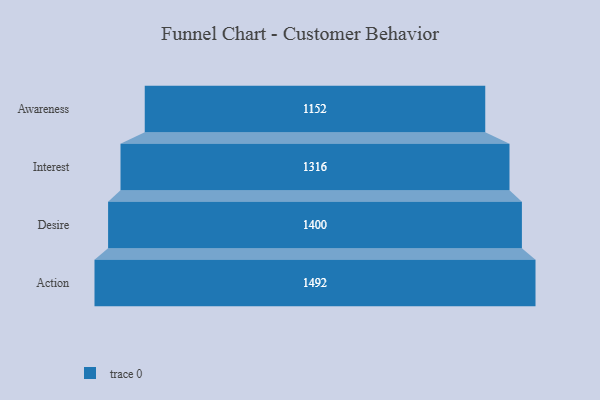
{"axis": {"x": "Stage", "y": "Value"}, "legend": [""], "data": [{"x": "Awareness", "y": 1152.0, "type": ""}, {"x": "Interest", "y": 1316.0, "type": ""}, {"x": "Desire", "y": 1400.0, "type": ""}, {"x": "Action", "y": 1492.0, "type": ""}]}